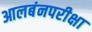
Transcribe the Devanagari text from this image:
आलबंनपरीक्षा